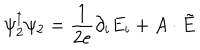
LaTeX: \psi _ { 2 } ^ { \dagger } \psi _ { 2 } = \frac { 1 } { 2 e } \partial _ { i } E _ { i } + A \cdot \tilde { E }